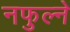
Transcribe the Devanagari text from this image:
नफुल्ने